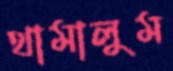
থামালুম